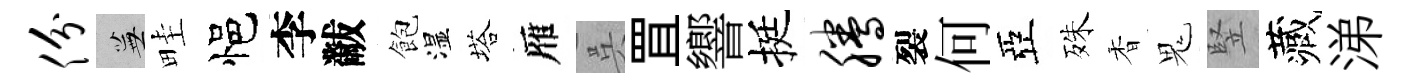
份蕪畦悒李黻飽湿塔雁呉罝響挺腾裂何亞殊香鬼竪藏涕